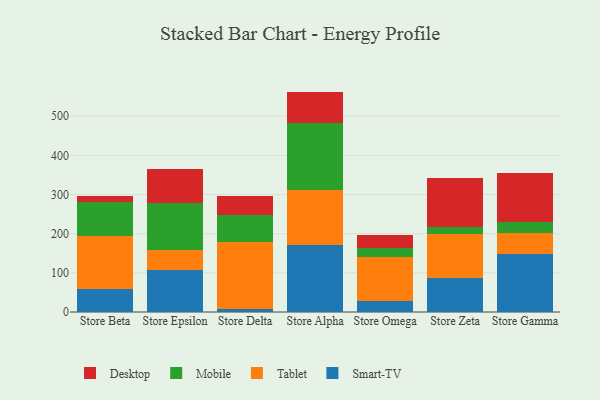
{"axis": {"x": "Store", "y": "Budget (USD K)"}, "legend": ["Desktop", "Mobile", "Smart-TV", "Tablet"], "data": [{"x": "Store Beta", "y": 59.6, "type": "Smart-TV"}, {"x": "Store Beta", "y": 134.4, "type": "Tablet"}, {"x": "Store Beta", "y": 86.3, "type": "Mobile"}, {"x": "Store Beta", "y": 15.9, "type": "Desktop"}, {"x": "Store Epsilon", "y": 107.1, "type": "Smart-TV"}, {"x": "Store Epsilon", "y": 50.0, "type": "Tablet"}, {"x": "Store Epsilon", "y": 120.7, "type": "Mobile"}, {"x": "Store Epsilon", "y": 86.5, "type": "Desktop"}, {"x": "Store Delta", "y": 7.1, "type": "Smart-TV"}, {"x": "Store Delta", "y": 171.2, "type": "Tablet"}, {"x": "Store Delta", "y": 70.6, "type": "Mobile"}, {"x": "Store Delta", "y": 48.1, "type": "Desktop"}, {"x": "Store Alpha", "y": 170.1, "type": "Smart-TV"}, {"x": "Store Alpha", "y": 141.3, "type": "Tablet"}, {"x": "Store Alpha", "y": 171.8, "type": "Mobile"}, {"x": "Store Alpha", "y": 79.6, "type": "Desktop"}, {"x": "Store Omega", "y": 28.6, "type": "Smart-TV"}, {"x": "Store Omega", "y": 112.3, "type": "Tablet"}, {"x": "Store Omega", "y": 23.5, "type": "Mobile"}, {"x": "Store Omega", "y": 33.4, "type": "Desktop"}, {"x": "Store Zeta", "y": 85.8, "type": "Smart-TV"}, {"x": "Store Zeta", "y": 113.1, "type": "Tablet"}, {"x": "Store Zeta", "y": 18.5, "type": "Mobile"}, {"x": "Store Zeta", "y": 123.8, "type": "Desktop"}, {"x": "Store Gamma", "y": 148.8, "type": "Smart-TV"}, {"x": "Store Gamma", "y": 53.7, "type": "Tablet"}, {"x": "Store Gamma", "y": 26.8, "type": "Mobile"}, {"x": "Store Gamma", "y": 124.7, "type": "Desktop"}]}